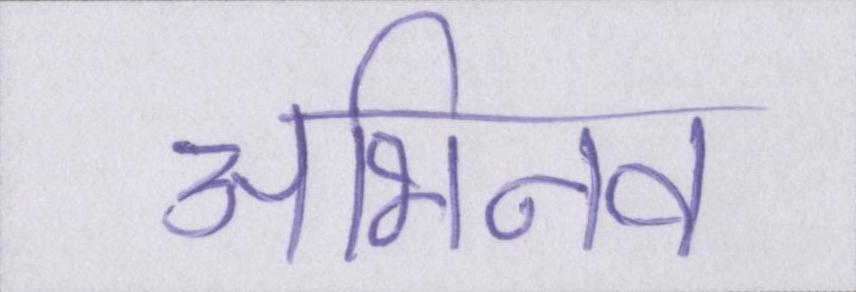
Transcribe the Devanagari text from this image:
अभिनव